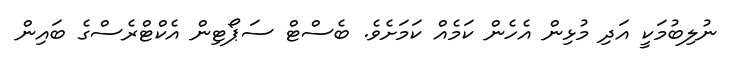
ނުލިބުމަކީ އަދި މުޅިން އެހެން ކަމެއް ކަމަށެވެ. ބެސްޓް ސަޕޯޓިން އެކްޓްރެސްގެ ބައިން